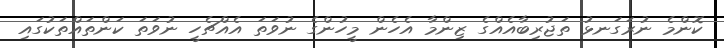
ކޮންމެ ނުރަގަނޅު ތަޖުރިބާއެއްގެ ޒިންމާ އެހެން މީހުންގެ ނުވަތަ އެއްޗެހީ ނުވަތަ ކަންތައްތަކުގައި